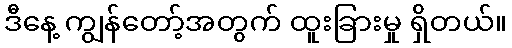
ဒီနေ့ ကျွန်တော့်အတွက် ထူးခြားမှု ရှိတယ်။